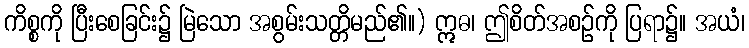
ကိစ္စကို ပြီးစေခြင်း၌ မြဲသော အစွမ်းသတ္တိမည်၏။) ဣဓ၊ ဤစိတ်အစဉ်ကို ပြရာ၌။ အယံ၊